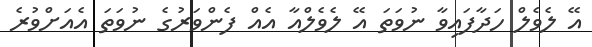
އޭ ލެވެލް ހަދާފައިވާ ނުވަތަ އޭ ލެވެލްއާ އެއް ފެންވަރުގެ ނުވަތަ އެއަށްވުރެ